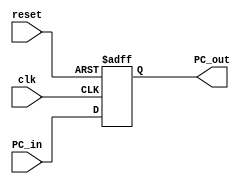
module program_counter
     (input clk ,reset , 
      input [31 : 0] PC_in ,
      output reg [31 : 0]PC_out  );
     
   

always @ (posedge clk , negedge reset)
begin
    if (reset)
       PC_out <= PC_in ;
     else 
       PC_out <= 32'b0 ;       
end  
endmodule